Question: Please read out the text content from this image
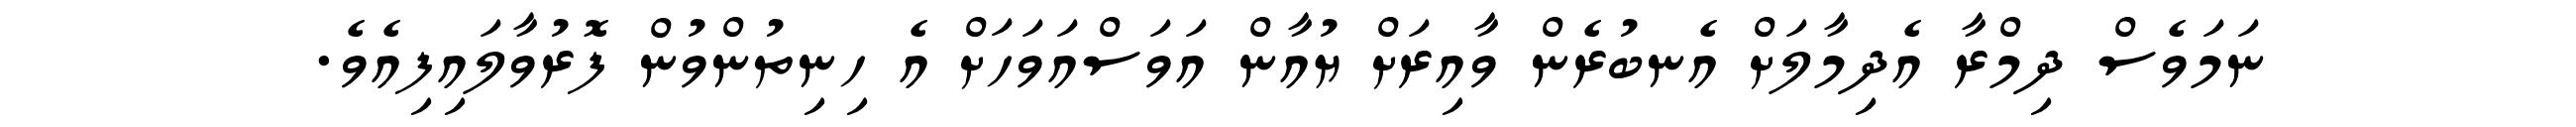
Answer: ނަމަވެސް ދިމްރާ އެދިމާލަށް އެނބުރެން ވާއިރަށް ޔުއާން އަވަސްއަވަހަށް އެ ހިނިތުންވުން ފޮރުވާލައިފިއެވެ.